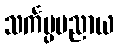
သင်္ကပ္ပမညာယ